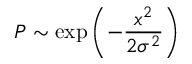
P \sim \exp \left( - \frac { x ^ { 2 } } { 2 \sigma ^ { 2 } } \right)